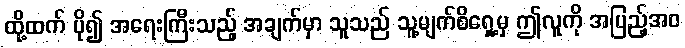
ထို့ထက် ပို၍ အရေးကြီးသည့် အချက်မှာ သူသည် သူ့မျက်စိရှေ့မှ ဤလူကို အပြည့်အဝ